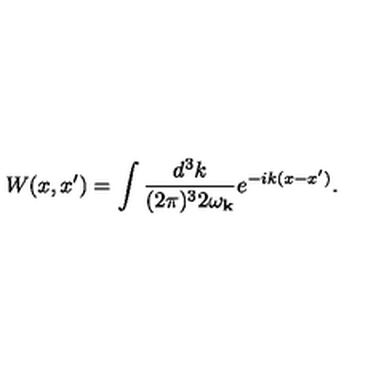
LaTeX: W ( x , x ^ { \prime } ) = \int \frac { d ^ { 3 } k } { ( 2 \pi ) ^ { 3 } 2 \omega _ { { \bf k } } } e ^ { - i k ( x - x ^ { \prime } ) } .